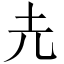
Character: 圥